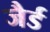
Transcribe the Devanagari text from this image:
जैर्ड